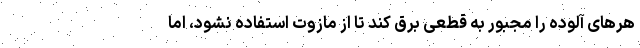
هر‌های آلوده را مجبور به قطعی برق کند تا از مازوت استفاده نشود، اما